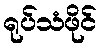
ရုပ်သံဖိုင်